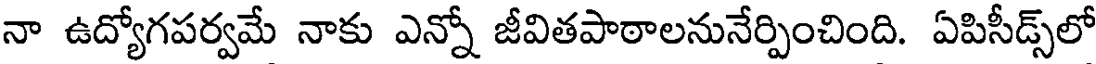
నా ఉద్యోగపర్వమే నాకు ఎన్నో జీవితపాఠాలనునేర్పించింది. ఏపిసీడ్స్లో